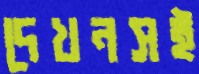
দেখনসই